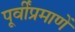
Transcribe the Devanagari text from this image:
पूर्वींप्रमाणें